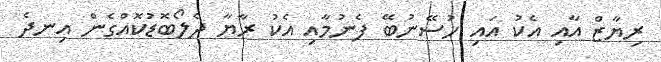
ރިޔާޒް އާއި އެކު އައި ހުސޭނުބޭ ފެނުމާއި އެކު ރާޔާ ދެލޯބޮޑުކޮއްގެން އިނދެ